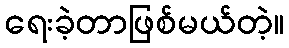
ရေးခဲ့တာဖြစ်မယ်တဲ့။